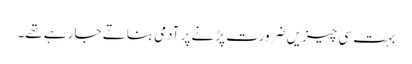
بہت سی چیزیں ضرورت پڑنے پر آدمی بناتے جا رہے تھے۔